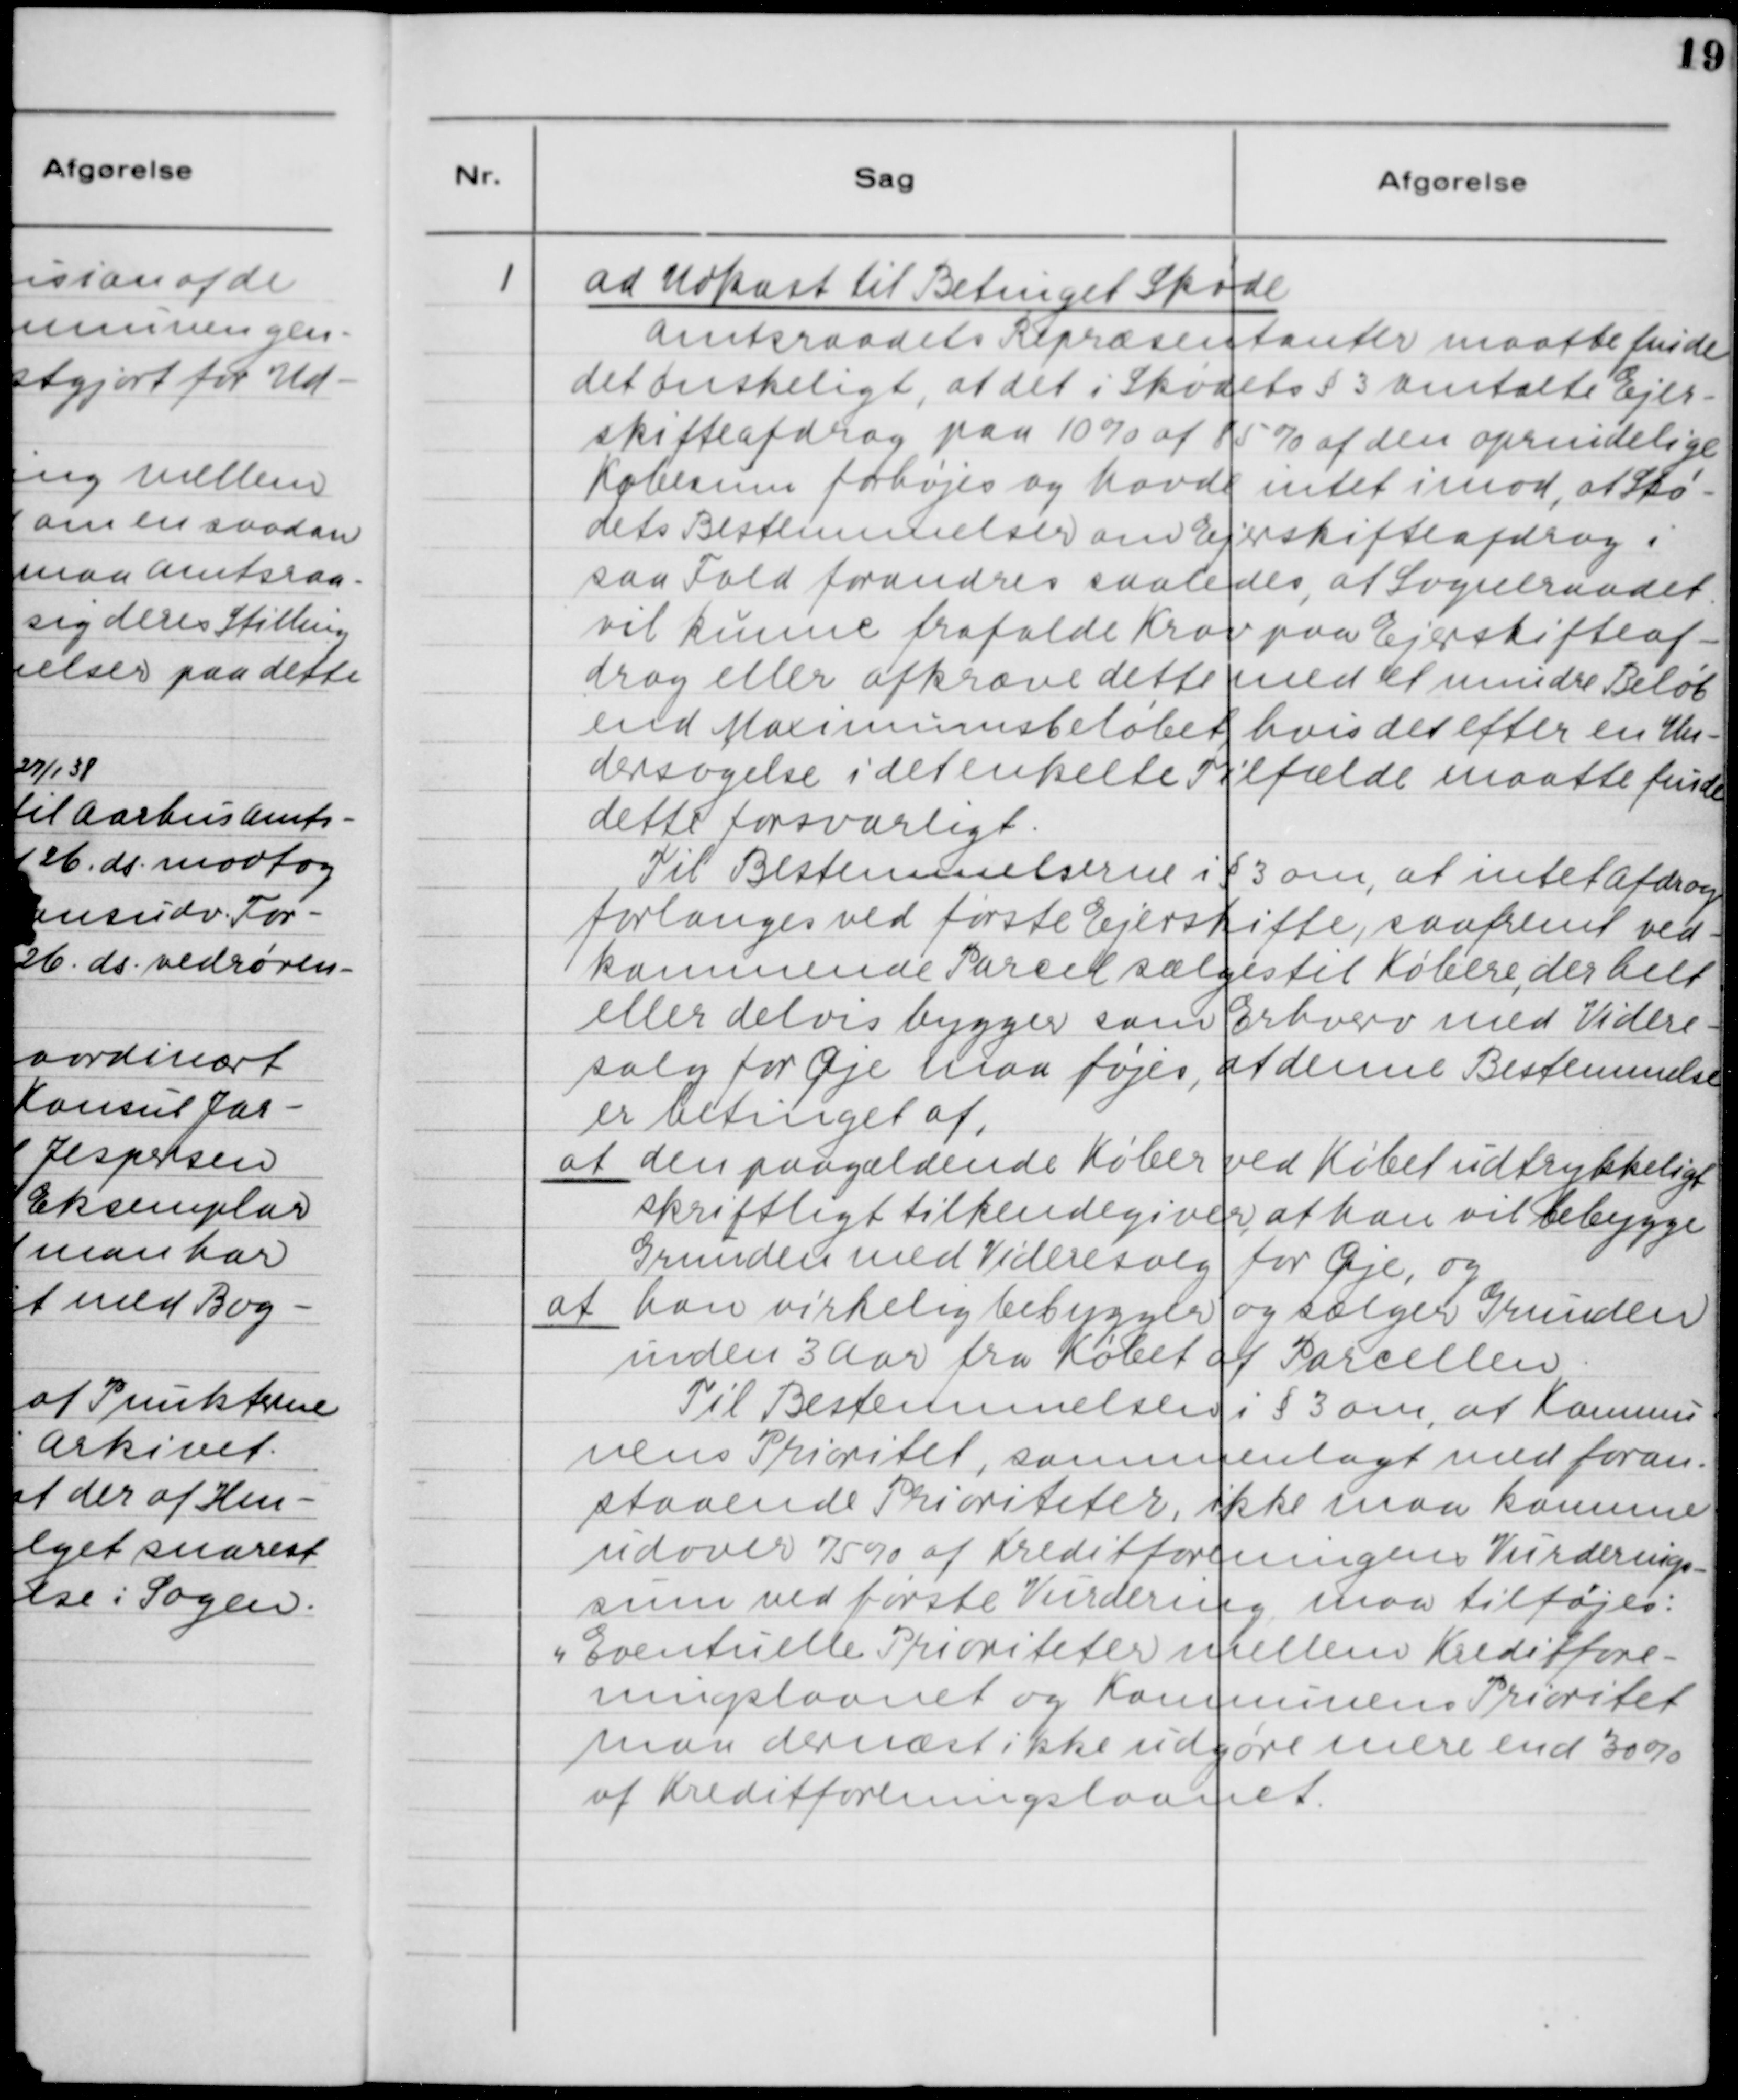
Transskription:
1. Ad Udkast til Betinget Skøde
Amtsraadets Repræsentanter maatte finde
det ønskeligt, at det i Skødets §3 Omtalte Ejer-
skifteafdrag paa 10% af 85% af den oprindelige
Købesum forhøjes og havde intet imod, at Skø.
dets Bestemmelser om Ejerskifteafdrag i
saa Fald forandres saaledes, at Sogneraadet
vil kunne frafalde Krav paa Ejerskifteaf-
drag eller afkræve dette med et mindre Beløb
end Maximumsbeløbet, hvis det efter en Un-
dersøgelse i det enkelte Tilfælde maatte finde
dette forsvarligt.
Til Bestemmelserne i §3 om, at intet afdrag
forlanges ved første Ejerskifte, saafremt ved-
kommende Parcel sælges til Købere, der helt
eller delvis bygger som Erhverv med Videre-
salg for Øje maa føjes, at denne Bestemmelse
er betinget af,
at den paagældende Køber ved Købet udtrykkeligt
skriftligt tilkendegiver, at han vil bebygge
Grunden med Videresalg for Øje, og
at han virkelig bebygger og sælger Grunden
inden 3 Aar fra Købet af Parcellen.
Til Bestemmelserne i §3 om, at Kommu-
nens Prioritet, sammenlagt med foran-
staaende Prioriteter, ikke maa komme
udover 75% af Kreditforeningens Vurderings-
sum ved første Vurdering maa tilføjes:
"Eventuelle Prioriotetet mellem Kreditfore-
ningslaanet og Kommunens Prioritet
maa dernæst ikke udgøre mere end 30%
af Kreditforeningslaanet.